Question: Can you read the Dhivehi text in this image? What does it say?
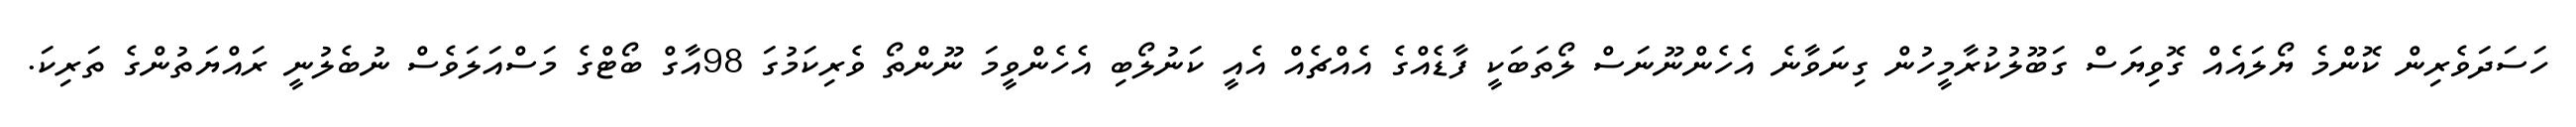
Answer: ހަސަދަވެރިން ކޮންމެ ޔޯލައެއް ގޮވިޔަސް ގަބޫލުކުރާމީހުން ގިނަވާނެ އެހެންނޫނަސް ލޯތަބަކީ ފާޑެއްގެ އެއްޗެއް އެއީ ކަނުލޯބި އެހެންވީމަ ނޫންތޯ ވެރިކަމުގަ 98އާގް ބޯޓްގެ މަސްއަލަވެސް ނުބެލުނީ ރައްޔަތުންގެ ތަރިކަ.